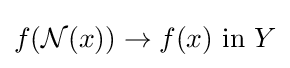
f({\mathcal {N}}(x))\to f(x){\text{ in }}Y